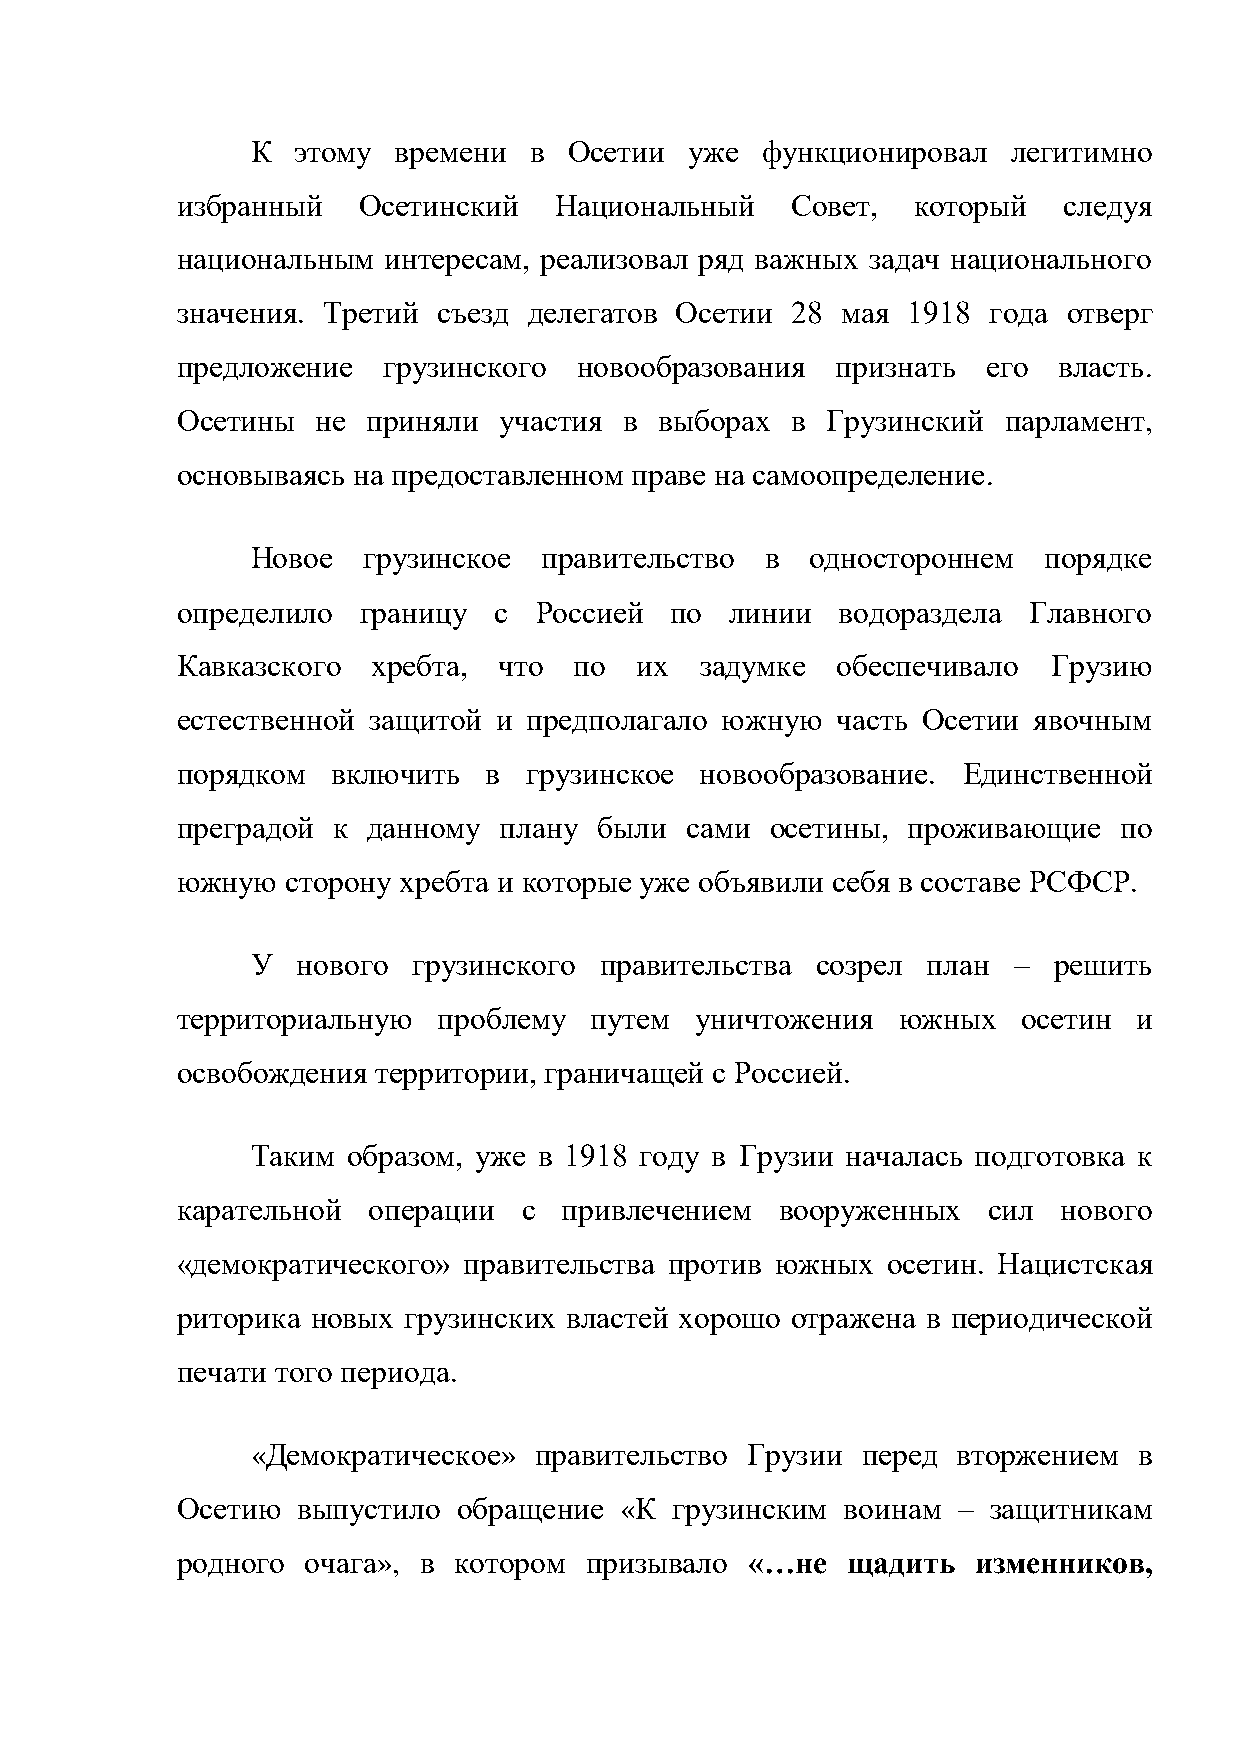
К  этому времени  в  Осетии  уже функционировал   легитимно
 избранный   Осетинский   Национальный   Совет,  который   следуя
 национальным интересам, реализовал ряд важных задач национального
 значения. Третий съезд делегатов Осетии 28  мая 1918 года  отверг
 предложение  грузинского  новообразования  признать  его  власть.
 Осетины  не приняли  участия в  выборах в  Грузинский парламент,
 основываясь на предоставленном праве на самоопределение.
 Новое  грузинское  правительство  в  одностороннем  порядке
 определило  границу  с Россией  по  линии   водораздела Главного
 Кавказского  хребта, что  по  их  задумке  обеспечивало   Грузию
 естественной защитой и предполагало южную  часть Осетии явочным
 порядком  включить  в  грузинское новообразование.  Единственной
 преградой к данному  плану  были сами  осетины, проживающие   по
 южную  сторону хребта и которые уже объявили себя в составе РСФСР.
 У  нового грузинского  правительства созрел план  –  решить
 территориальную  проблему  путем  уничтожения  южных    осетин и
 освобождения территории, граничащей с Россией.
 Таким образом, уже в 1918 году в Грузии началась подготовка к
 карательной операции   с привлечением   вооруженных  сил  нового
 «демократического» правительства против южных  осетин. Нацистская
 риторика новых грузинских властей хорошо отражена в периодической
 печати того периода.
 «Демократическое» правительство Грузии  перед вторжением  в
 Осетию  выпустило обращение  «К  грузинским воинам –  защитникам
 родного очага», в котором  призывало  «…не  щадить  изменников,